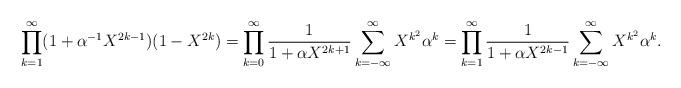
LaTeX: \begin{align*}\prod_{k=1}^\infty (1+\alpha^{-1} X^{2k-1})(1-X^{2k})=\prod_{k=0}^\infty\frac{1}{1+\alpha X^{2k+1}}\sum_{k=-\infty}^\infty X^{k^2}\alpha^{k}=\prod_{k=1}^\infty\frac{1}{1+\alpha X^{2k-1}}\sum_{k=-\infty}^\infty X^{k^2}\alpha^{k}.\end{align*}